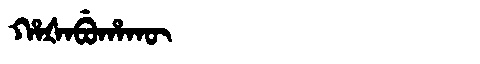
Manchu: ᡥᠠᡧᠠᠪᡠᡥᠠᡴᡡ
Romanization: HAŠABUHAKŪ